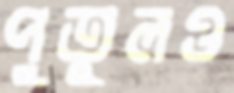
পুতুলও